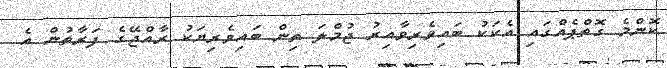
ކޮންމެ ގޮތްޕެއްގައި އެކަކު ބައިވެރިވާއިރު ޖުމްލަ ތިން ބައިވެރިޔަކު ރާއްޖޭގެ ފަރާތުން އެ